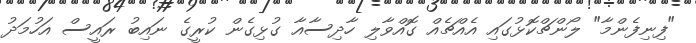
"ފިނިފެންމާ" ލޯންޗްކޮޅުގައި އެއްޗެއް ގޮއްވާލި ހާދިސާއާ ގުޅިގެން ކުރީގެ ނައިބު ރައީސް އަހުމަދު